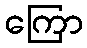
ကြော